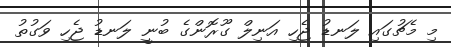
މި މެޗުގައި ލަނޑު ޖެހި އަނިލް ގޫރޮންގެ ބުނީ ލަނޑު ޖެހި ވަގުތު